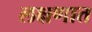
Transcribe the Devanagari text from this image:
लक्षणात